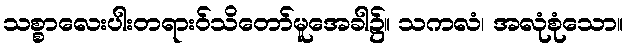
သစ္စာလေးပါးတရားဝ်သိတော်မူအေခါ၌။ သကလံ၊ အလုံစုံသော။